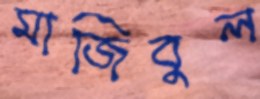
মাজিবুল